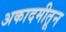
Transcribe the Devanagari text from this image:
अकादमीतून